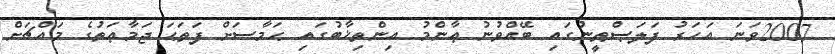
2007ވަނަ އަހަރު ފަލަޞްޠީނުގައި ބޭއްވުނު ޢާންމު އިންތިޚާބުގައި ޙަމާސަށް ފަތަޙަ ޖަމާޢަތުގެ މައްޗަށް